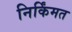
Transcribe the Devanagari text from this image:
निर्किंमत